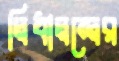
দ্বিধাদ্বন্দ্বের